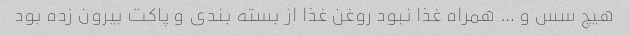
هیچ سس و … همراه غذا نبود روغن غذا از بسته بندی و پاکت بیرون زده بود